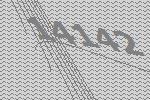
14142